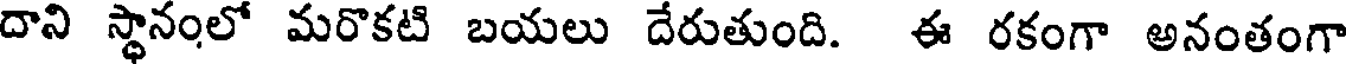
దాని స్థానంలో మరొకటి బయలు దేరుతుంది. ఈ రకంగా అనంతంగా